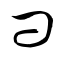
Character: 問